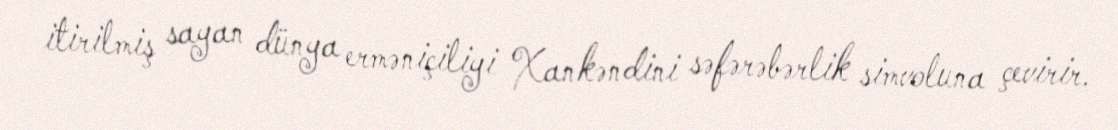
itirilmiş sayan dünya erməniçiliyi Xankəndini səfərəbərlik simvoluna çevirir.